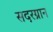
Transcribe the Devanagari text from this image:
सदरग्रान